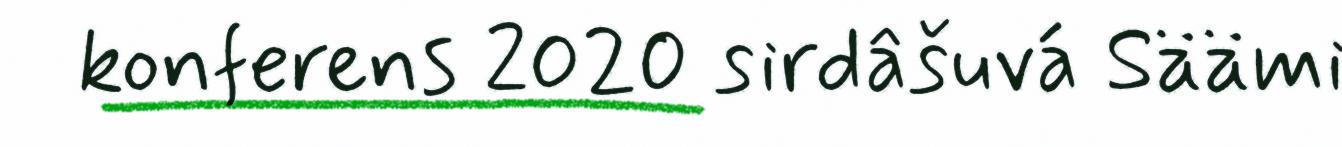
konferens 2020 sirdâšuvá Säämi